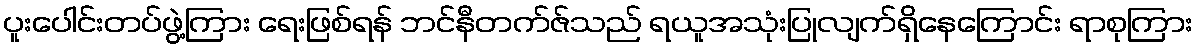
ပူးပေါင်းတပ်ဖွဲ့ကြား ရေးဖြစ်ရန် ဘင်နီတက်ဇ်သည် ရယူအသုံးပြုလျက်ရှိနေကြောင်း ရာစုကြား